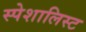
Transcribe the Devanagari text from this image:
स्पेशालिस्ट